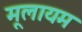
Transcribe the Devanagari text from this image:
मूलायम